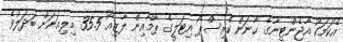
އެކަމަކު އާޖެންޓީނާގެ ހާނަން ކްރިސްޕޯ އިޓަލީގެ ޕާމާއިން ލާޒިއޯ 35.5 މިލިއަނަށް ބަދަލުވެ